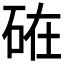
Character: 𥒒